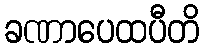
ခဏာပေထပီတိ